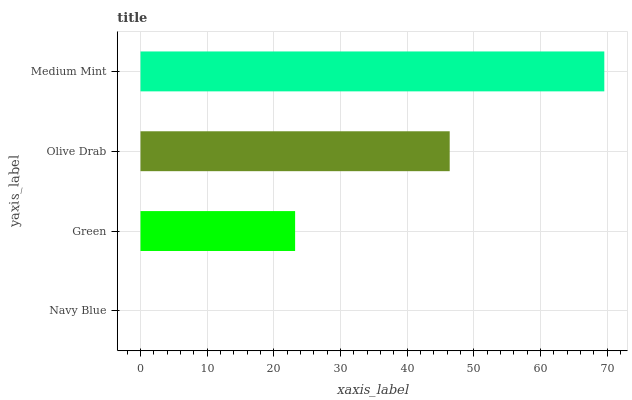
| yaxis_label | bars |
 | --- | --- |
 | Navy Blue | 0 |
 | Green | 23.2 |
 | Olive Drab | 46.4 |
 | Medium Mint | 69.5 |